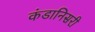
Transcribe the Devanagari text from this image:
कंडानिसरी